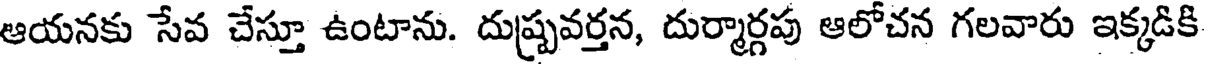
ఆయనకు సేవ చేస్తూ ఉంటాను. దుష్ప్రవర్తన, దుర్మార్గపు ఆలోచన గలవారు ఇక్కడికి